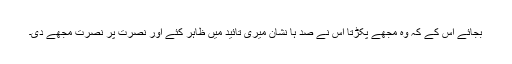
بجائے اس کے کہ وہ مجھے پکڑتا اس نے صد ہا نشان میری تائید میں ظاہر کئے اور نصرت پر نصرت مجھے دی۔